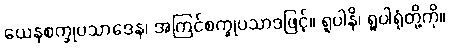
ယေနစက္ခုပသာဒေန၊ အကြင်စက္ခုပသာဒဖြင့်။ ရူပါနိ၊ ရူပါရုံတို့ကို။